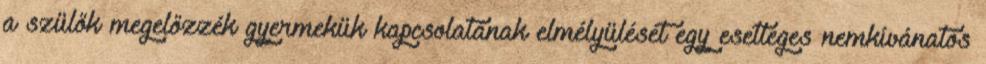
a szülők megelőzzék gyermekük kapcsolatának elmélyülését egy esetleges nemkívánatos